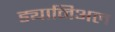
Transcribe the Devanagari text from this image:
ड्यानिअल